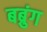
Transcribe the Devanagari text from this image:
बब्रुंग